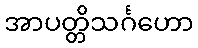
အာပတ္တိသင်္ဂဟော